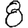
Digit: 8